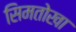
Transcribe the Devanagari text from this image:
सिमतोखा